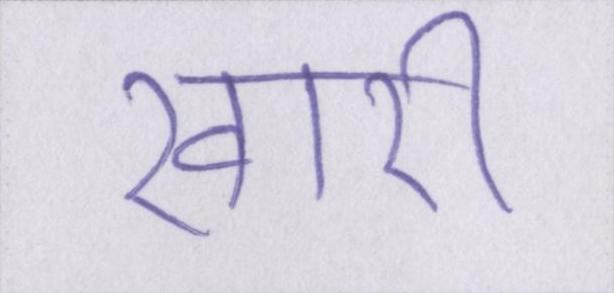
खारी